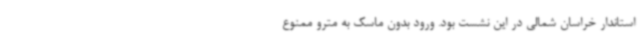
استاندار خراسان شمالی در این نشست بود. ورود بدون ماسک به مترو ممنوع